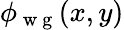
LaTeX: \phi_{\mathrm{~w~g~}}(x,y)